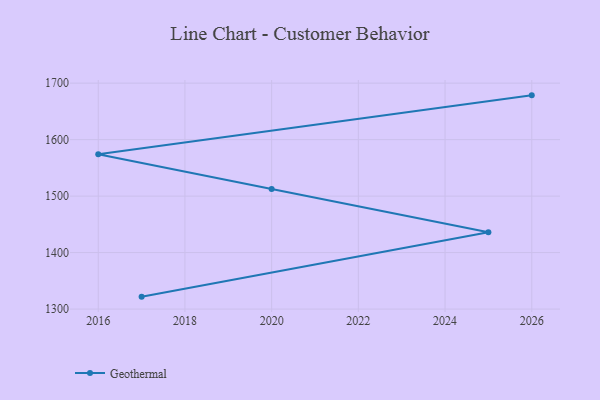
{"axis": {"x": "Year", "y": "Website Visitors"}, "legend": ["Geothermal"], "data": [{"x": "2017", "y": 1322.0, "type": "Geothermal"}, {"x": "2025", "y": 1436.1, "type": "Geothermal"}, {"x": "2020", "y": 1512.5, "type": "Geothermal"}, {"x": "2016", "y": 1574.1, "type": "Geothermal"}, {"x": "2026", "y": 1678.4, "type": "Geothermal"}]}